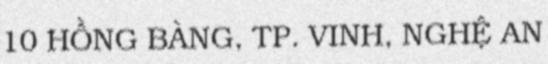
10 HỒNG BÀNG, TP. VINH, NGHỆ AN